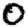
Digit: 0